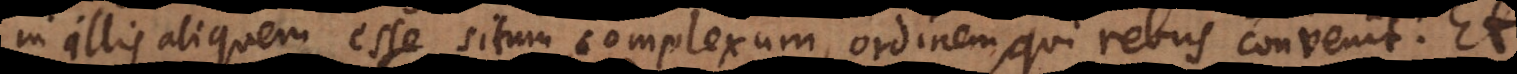
in illis aliquem esse situm complexum, ordinem, qui rebus convenit, si